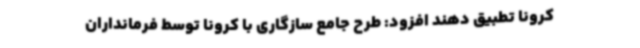
کرونا تطبیق دهند افزود: طرح جامع سازگاری با کرونا توسط فرمانداران